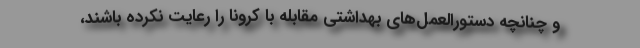
و چنانچه دستورالعمل‌های بهداشتی مقابله با کرونا را رعایت نکرده باشند،